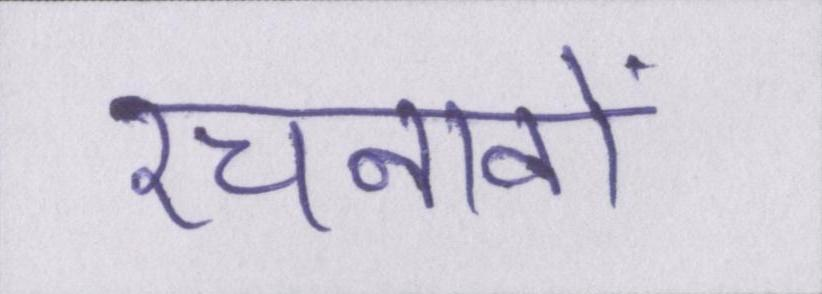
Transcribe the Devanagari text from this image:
रचनावों